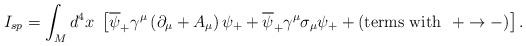
LaTeX: \begin{align*}I_{sp} = \int_{M} d^4 x \ \left[ \overline{\psi}_{+} \gamma^{\mu} \left( \partial_{\mu} + A_{\mu} \right) \psi_{+} + \overline{\psi}_{+} \gamma^{\mu} \sigma_{\mu} \psi_{+} + \left( {\rm terms ~ with~~} + \rightarrow - \right) \right].\end{align*}